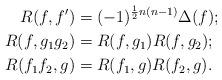
LaTeX: \begin{align*} R(f,f')&=(-1)^{\frac12n(n-1)}\Delta(f);\\ R(f,g_1g_2)&=R(f,g_1)R(f,g_2);\\ R(f_1f_2,g)&=R(f_1,g)R(f_2,g). \end{align*}